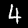
Label: 4